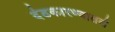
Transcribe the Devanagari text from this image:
दंडकारण्यातले